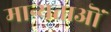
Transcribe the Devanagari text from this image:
मान्यताऒं